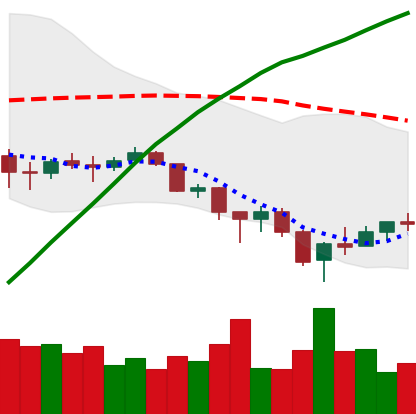
Ticker: BTC-USD
Chart end date: 2018-02-10
Forward return: 17.914%
Label: up_7plus